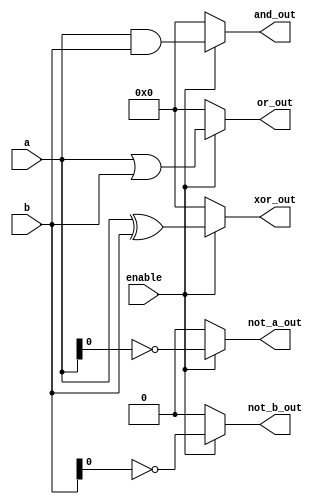
module AdjacencyGroup #(
    parameter WIDTH = 8
)(
    input wire [WIDTH-1:0] a,       // Input signal A
    input wire [WIDTH-1:0] b,       // Input signal B
    input wire enable,               // Control signal to enable the group
    output wire [WIDTH-1:0] and_out, // Output for AND function
    output wire [WIDTH-1:0] or_out,  // Output for OR function
    output wire [WIDTH-1:0] xor_out, // Output for XOR function
    output wire not_a_out,          // Output for NOT function
    output wire not_b_out           // Output for NOT function
);
    // Control logic to enable the evaluation of logic functions
    wire evaluated;
    assign evaluated = enable;

    // Logic Function Implementations
    assign and_out = evaluated ? (a & b) : 0; // AND operation
    assign or_out = evaluated ? (a | b) : 0;  // OR operation
    assign xor_out = evaluated ? (a ^ b) : 0; // XOR operation
    assign not_a_out = evaluated ? ~a : 0;    // NOT operation on A
    assign not_b_out = evaluated ? ~b : 0;    // NOT operation on B

endmodule